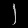
Digit: ၂